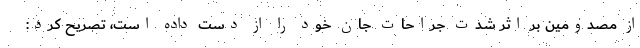
از مصدومین بر اثر شدت جراحات جان خود را از دست داده است، تصریح کرد: